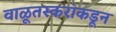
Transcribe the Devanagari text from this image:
वाळूतस्करांकडून